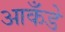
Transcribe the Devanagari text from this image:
आकँडे